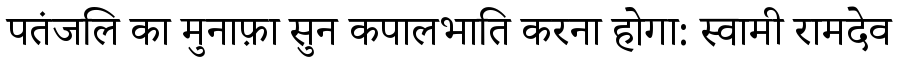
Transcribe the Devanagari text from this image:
पतंजलि का मुनाफ़ा सुन कपालभाति करना होगा: स्वामी रामदेव